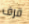
قرف